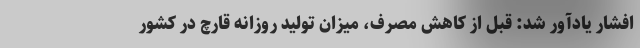
افشار یادآور شد: قبل از کاهش مصرف، میزان تولید روزانه قارچ در کشور